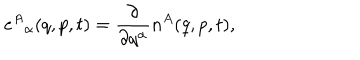
e ^ { A } { } _ { \alpha } ( q , p , t ) = \frac { \partial } { \partial q ^ { \alpha } } n ^ { A } ( q , p , t ) ,